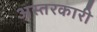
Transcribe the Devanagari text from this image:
अस्तरकारी